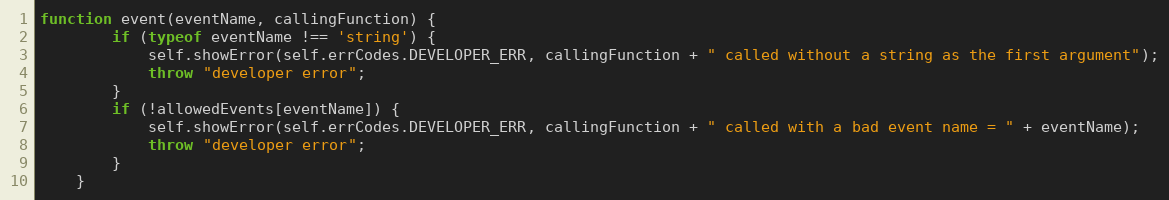
Language: JavaScript
function event(eventName, callingFunction) {
        if (typeof eventName !== 'string') {
            self.showError(self.errCodes.DEVELOPER_ERR, callingFunction + " called without a string as the first argument");
            throw "developer error";
        }
        if (!allowedEvents[eventName]) {
            self.showError(self.errCodes.DEVELOPER_ERR, callingFunction + " called with a bad event name = " + eventName);
            throw "developer error";
        }
    }